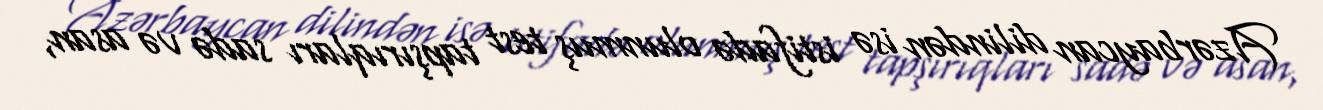
Azərbaycan dilindən isə istifadə olunmuş test tapşırıqları sadə və asan,